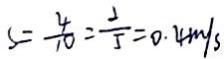
S = \frac { 4 } { 1 0 } = \frac { 2 } { 5 } = 0 . 4 m / s